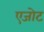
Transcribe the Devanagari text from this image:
एजोट